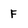
Character: F